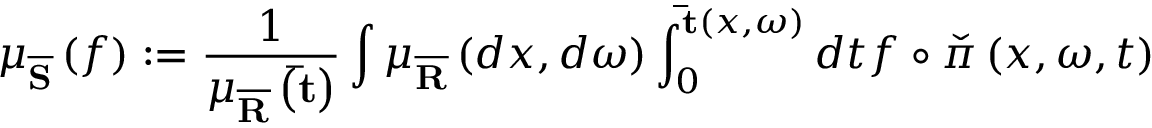
\mu _ { \overline { { \mathbf { S } } } } \left( f \right) : = \frac { 1 } { \mu _ { \overline { { \mathbf { R } } } } \left( \mathbf { \bar { t } } \right) } \int \mu _ { \overline { { \mathbf { R } } } } \left( d x , d \omega \right) \int _ { 0 } ^ { \mathbf { \bar { t } } \left( x , \omega \right) } d t f \circ \check { \pi } \left( x , \omega , t \right)